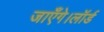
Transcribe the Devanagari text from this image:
जाएँगे।लॉर्ड